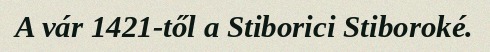
A vár 1421-től a Stiborici Stiboroké.